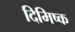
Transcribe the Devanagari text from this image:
दिमिष्क